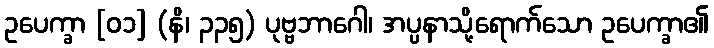
ဥပေက္ခာ [၀၁] (နိ၊ ၃၃၅) ပုဗ္ဗဘာဂေါ၊ အပ္ပနာသို့ရောက်သော ဥပေက္ခာ၏